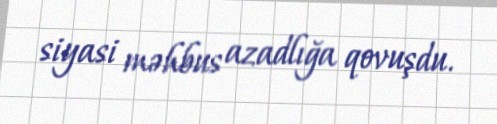
siyasi məhbus azadlığa qovuşdu.